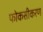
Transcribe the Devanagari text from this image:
फोकसीकरण